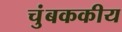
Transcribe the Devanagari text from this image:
चुंबककीय